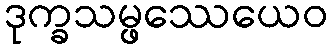
ဒုက္ခသမ္ဖဿေယေဝ